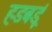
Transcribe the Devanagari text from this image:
हडबडूं